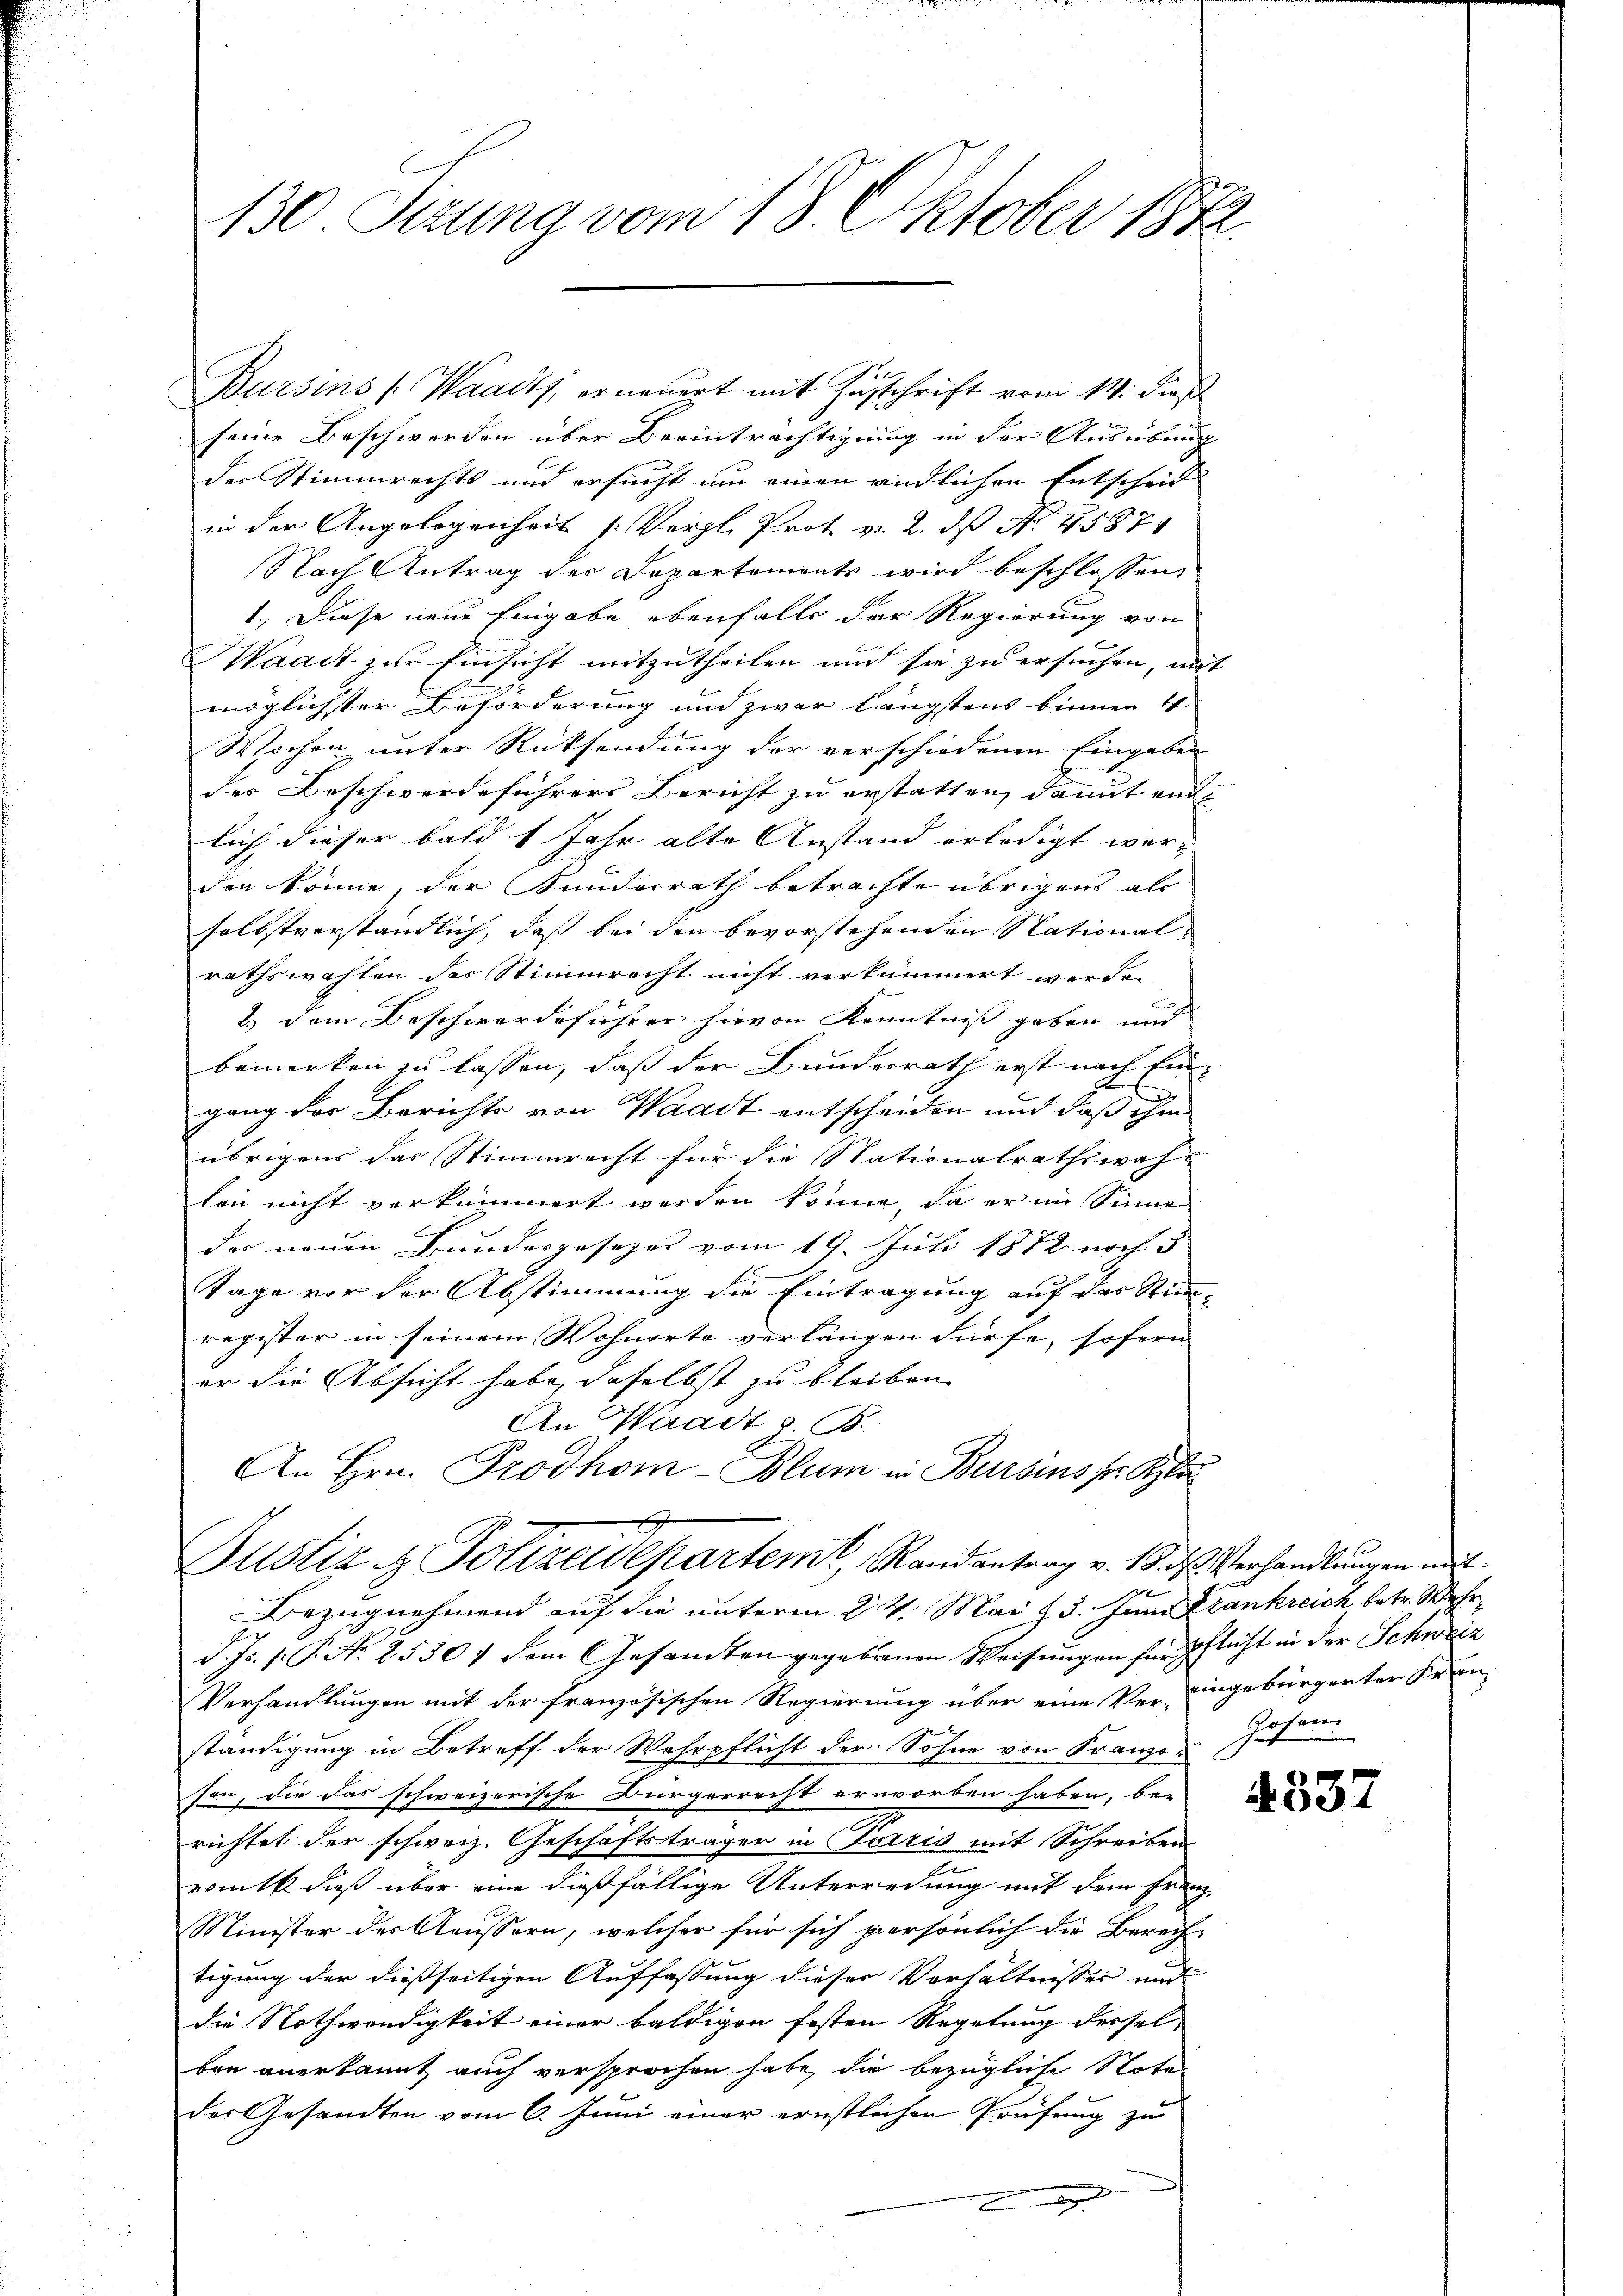
130 Sizung vom 18. Oktober 1842

Bursins (Waadt, erneuert mit Zuschrift vom 14. dieß
seine Beschwerden über Beeinträchtigung in der Ausübung
der Stimmrechts und ersucht um einen endlichen Entscheid
in der Angelegenheit /: Vergl. Prot v. 2. ds No. 4587
Nach Antrag der Departements wird beschlossen,
1.) Diese neue Eingabe ebenfalls der Regierung von
Waadt zur Einsicht mitzutheilen und sie zu ersuchen, mit
möglichster Beförderung und zwar längstens binnen 4
Wochen unter Rücksendung der verschiedenen Eingaben
der Beschwerdeführers Bericht zu erstatten, damit end
lich dieser bald 1 Jahr alte Anstand erledigt werden könne, der Kundesrath betrachte übrigens als
selbstverständlich, daß bei den bevorstehenden Nationalrathswahlen des Stimmrecht nicht verkümmert werden
2.) Dem Beschwerdeführer hievon Kenntniß geben und
bemerken zu lassen, daß der Bundesrath erst nach Ein¬
E
d
gang der Berichts von Waadt entscheiden und daß ihm
übrigens das Stimmrecht für die Stationalrathswah-
len nicht verkommert werden könne, da er im Sinne
das neuen Bundesgesezes vom 19. Juli 1872 noch 3
Tage vor der Abstimmung die Eintragung auf das Stimm-
register in seinem Wohnorte verlangen dürfe, sofern
er die Absicht habe, daselbst zu bleiben. |
An Waadt z. B.
An Hrn. Prodhom-Blum in Bursins pr. Klei

A
Bustiz & Polizeidepartem Randantrag v. 19. d. Verhandlungen mit
x
Bezugnehmend auf die unterm 24. Mai 13. Juni Krankreich betr. Wahr

d. Js. 1. P. Nr. 2530 f dem Gesandten gegebenen Weisungen für Pflicht in der Schweiz
Verhandlungen mit der französischen Regierung über eine Vereingebürgerter Fran-
ständigung in Betreff der Wehrpflicht der Sohne von Franzofen, die das schweizerische Bürgerrecht erworben haben, bei
richtet der schweiz. Geschäftsträger in Terris mit Schreiben
ronik dieß über eine dießfällige Unterredung mit dem Franz-
Minister des Aeussern, welcher für sich persönlich die Berech-
tigung der dießseitigen Auffassung dieser Verhältnisses und
die Nothwendigkeit einer baldigen festen Regelung dersel-
ben anerkannt auch versprochen habe, die bezügliche Note
der Gesandten vom 6. Juni einer ernstlichen Prüfung zu
.

Gosen

4332